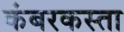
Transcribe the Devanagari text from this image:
कंबरकस्ता